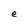
Character: e